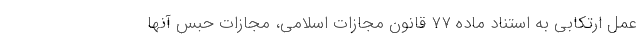
عمل ارتکابی به استناد ماده ۷۷ قانون مجازات اسلامی، مجازات حبس آنها